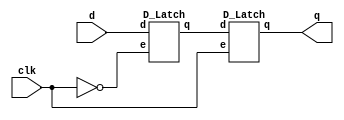
`timescale 1ns/1ps

module D_Flip_Flop(clk, d, q);
input clk;
input d;
output q;

wire notClk, temp;

not not1(notClk, clk);
D_Latch l1(notClk, d, temp);
D_Latch l3(clk, temp, q);

endmodule

module D_Latch(e, d, q);
input e;
input d;
output q;

wire notd, temp, temp1, notq;

not not1(notd, d);
nand nand1(temp, d,e);
nand nand2(temp1, notd, e);
nand nand3(q, notq, temp);
nand nand4(notq, q,temp1);

endmodule